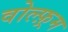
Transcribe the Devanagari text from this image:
वोल्फ़्रम